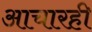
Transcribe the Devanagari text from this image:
आचारही